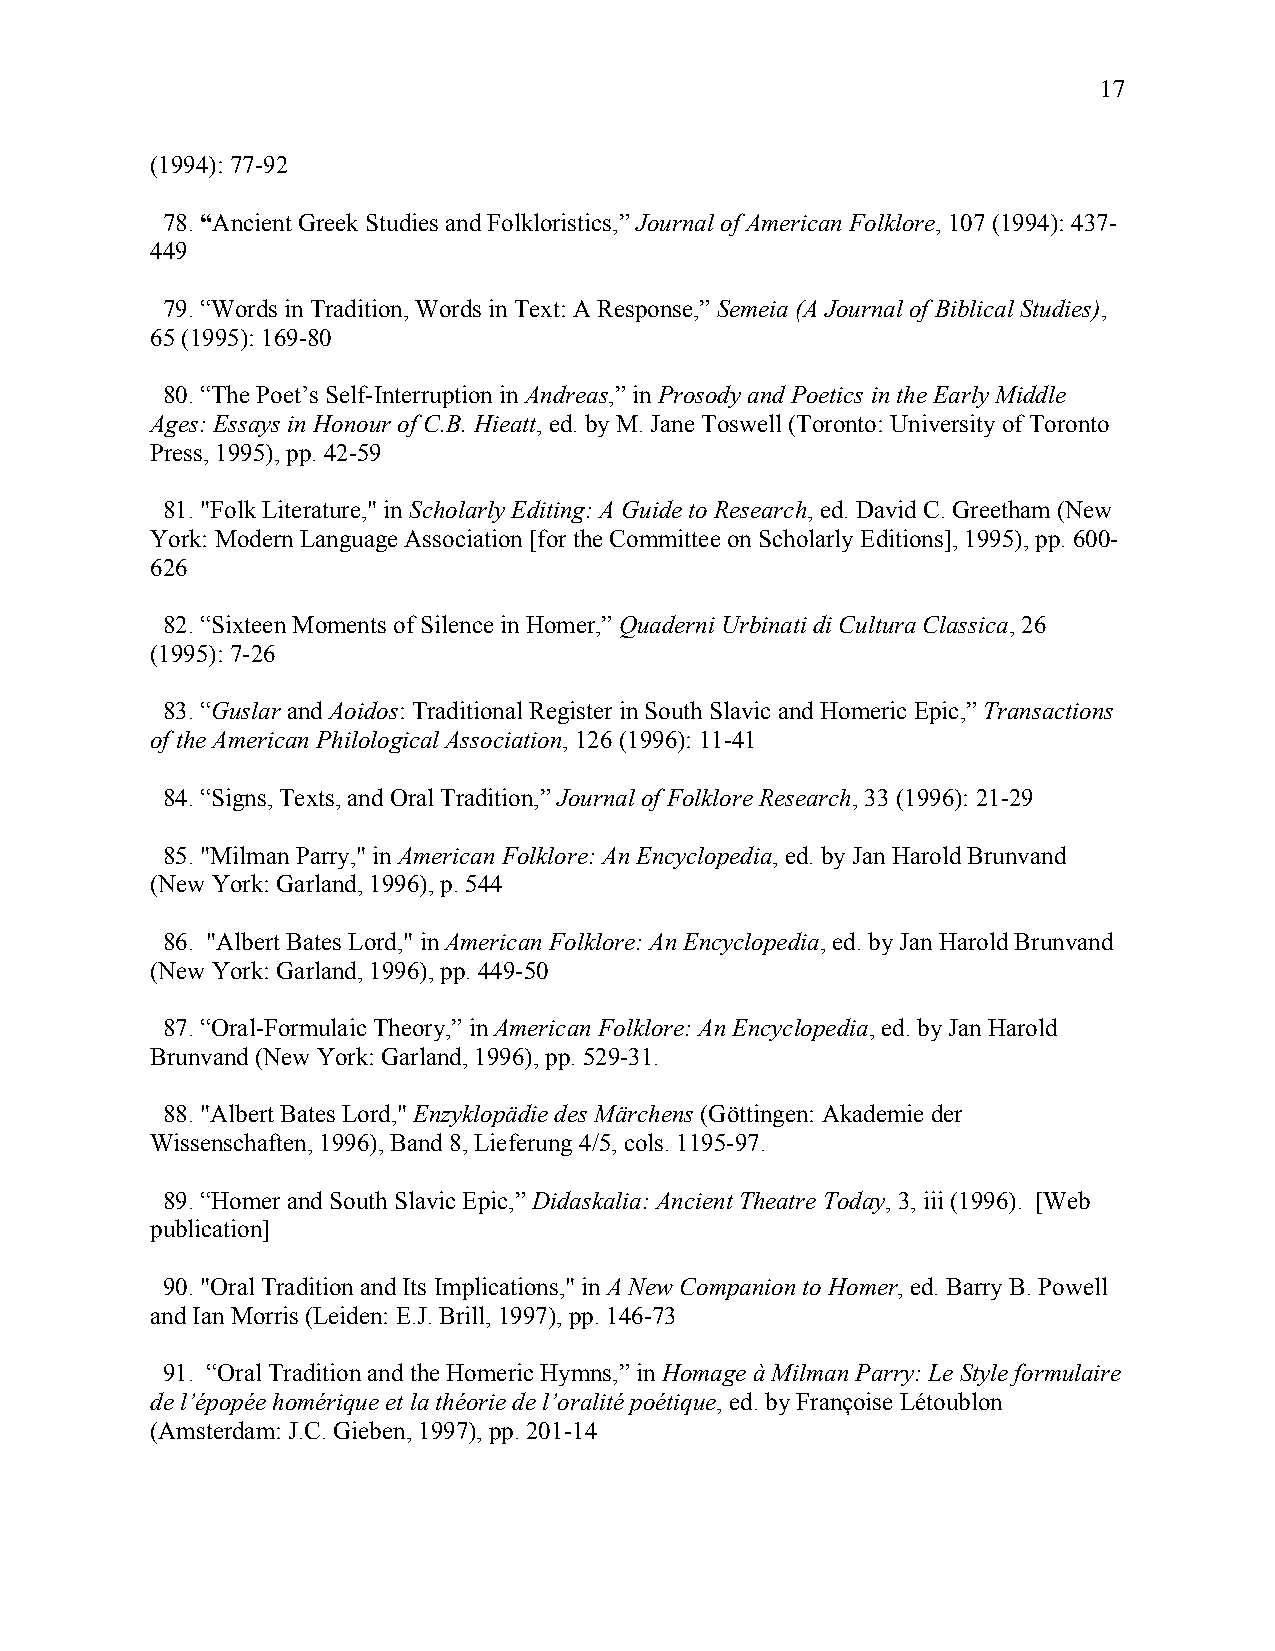
17
 (1994): 77-92
 78. “Ancient Greek Studies and Folkloristics,” Journal of American Folklore, 107 (1994): 437-
 449
 79. “Words in Tradition, Words in Text: A Response,” Semeia (A Journal of Biblical Studies),
 65 (1995): 169-80
 80. “The Poet’s Self-Interruption in Andreas,” in Prosody and Poetics in the Early Middle
 Ages: Essays in Honour of C.B. Hieatt, ed. by M. Jane Toswell (Toronto: University of Toronto
 Press, 1995), pp. 42-59
 81. "Folk Literature," in Scholarly Editing: A Guide to Research, ed. David C. Greetham (New
 York: Modern Language Association [for the Committee on Scholarly Editions], 1995), pp. 600-
 626
 82. “Sixteen Moments of Silence in Homer,” Quaderni Urbinati di Cultura Classica, 26
 (1995): 7-26
 83. “Guslar and Aoidos: Traditional Register in South Slavic and Homeric Epic,” Transactions
 of the American Philological Association, 126 (1996): 11-41
 84. “Signs, Texts, and Oral Tradition,” Journal of Folklore Research, 33 (1996): 21-29
 85. "Milman Parry," in American Folklore: An Encyclopedia, ed. by Jan Harold Brunvand
 (New York: Garland, 1996), p. 544
 86. "Albert Bates Lord," in American Folklore: An Encyclopedia, ed. by Jan Harold Brunvand
 (New York: Garland, 1996), pp. 449-50
 87. “Oral-Formulaic Theory,” in American Folklore: An Encyclopedia, ed. by Jan Harold
 Brunvand (New York: Garland, 1996), pp. 529-31.
 88. "Albert Bates Lord," Enzyklopädie des Märchens (Göttingen: Akademie der
 Wissenschaften, 1996), Band 8, Lieferung 4/5, cols. 1195-97.
 89. “Homer and South Slavic Epic,” Didaskalia: Ancient Theatre Today, 3, iii (1996). [Web
 publication]
 90. "Oral Tradition and Its Implications," in A New Companion to Homer, ed. Barry B. Powell
 and Ian Morris (Leiden: E.J. Brill, 1997), pp. 146-73
 91. “Oral Tradition and the Homeric Hymns,” in Homage à Milman Parry: Le Style formulaire
 de l’épopée homérique et la théorie de l’oralité poétique, ed. by Françoise Létoublon
 (Amsterdam: J.C. Gieben, 1997), pp. 201-14